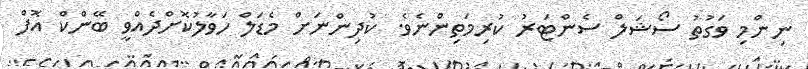
ނިންމި ވަގުތު ސޯޝަލް ސެންޓަރު ކުރިމަތިންނެވެ. ކުދިންނަށް މެޑަލް ހަވާލުކޮށްދެއްވީ ބޭންކް އޮފް